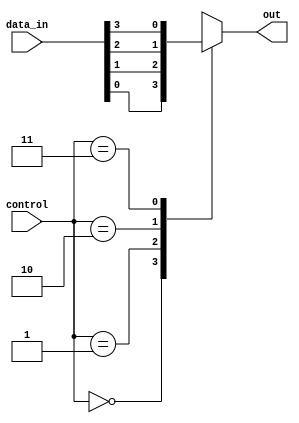
module mux_4to1 (
    input [3:0] data_in,
    input [1:0] control,
    output reg out
);

always @(*)
begin
    case (control)
        2'b00: out = data_in[0];
        2'b01: out = data_in[1];
        2'b10: out = data_in[2];
        2'b11: out = data_in[3];
        default: out = 4'bxxxx; // Invalid control input
    endcase
end

endmodule